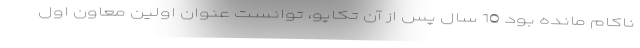
ناکام مانده بود 10 سال پس از آن تکاپو، توانست عنوان اولین معاون اول